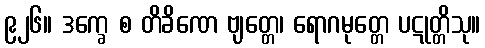
၉၂၆။ ဒက္ခေ စ တိခိဏေ ဗျတ္တေ၊ ရောဂမုတ္တေ ပဋုတ္တိသု။